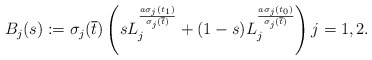
\begin{align*}B_j(s) := \sigma_j(\overline{t}) \left( s L_j^{\frac{a\sigma_j(t_1)}{\sigma_j(\overline{t})}} + (1-s)L_j^{\frac{a\sigma_j(t_0)}{\sigma_j(\overline{t})}}\right) j=1,2.\end{align*}